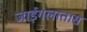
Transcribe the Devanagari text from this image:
जाईगलातास